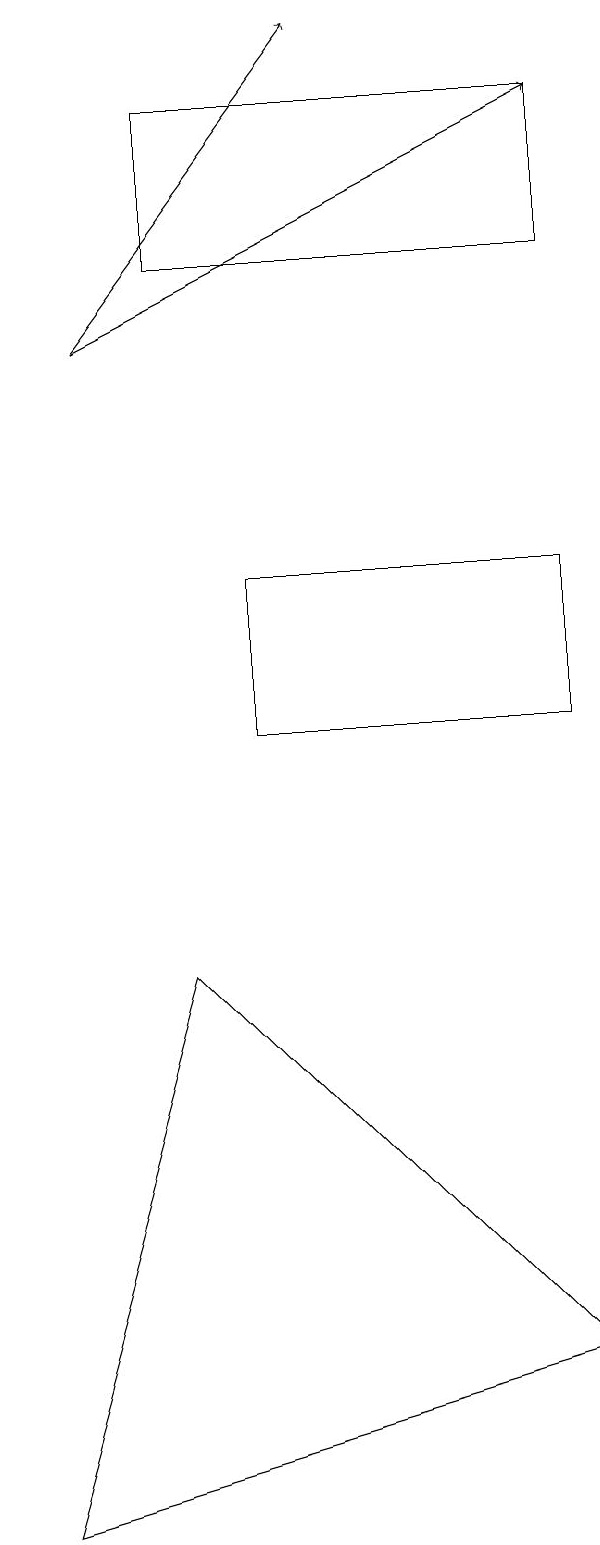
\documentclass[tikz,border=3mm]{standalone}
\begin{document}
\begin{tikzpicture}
\draw[->] (1,15) -- (4,19);
\draw (3,12) rectangle (7,10);
\draw (7,18) rectangle (2,16);
\draw[->] (1,15) -- (7,18);
\draw (2,7) -- (0,0) -- (7,2) -- cycle;
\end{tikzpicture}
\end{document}